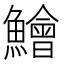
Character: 鱠